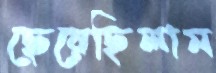
ছেয়েছিলাম